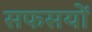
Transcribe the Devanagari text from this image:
सफसयों